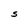
Character: S